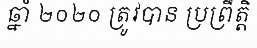
ឆ្នាំ ២០២០ ត្រូវបាន ប្រព្រឹត្តិ